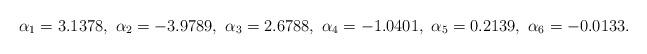
LaTeX: \begin{gather*}\alpha_1=3.1378,\ \alpha_2=-3.9789,\ \alpha_3=2.6788,\ \alpha_4=-1.0401,\ \alpha_5=0.2139,\ \alpha_6=-0.0133.\end{gather*}